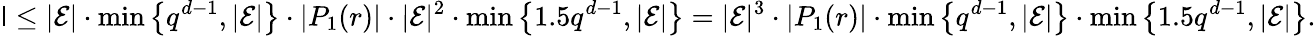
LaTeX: \mathsf{I}\leq|\mathcal{{E}}|\cdot\operatorname*{min}\left\{ q^{d-1},|\mathcal{{E}}|\right\} \cdot|P_{1}(r)|\cdot|\mathcal{{E}}|^{2}\cdot\operatorname*{min}\left\{ 1.5q^{d-1},|\mathcal{{E}}|\right\} =|\mathcal{{E}}|^{3}\cdot|P_{1}(r)|\cdot\operatorname*{min}\left\{ q^{d-1},|\mathcal{{E}}|\right\} \cdot\operatorname*{min}\left\{ 1.5q^{d-1},|\mathcal{{E}}|\right\} .